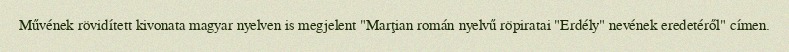
Művének rövidített kivonata magyar nyelven is megjelent "Marţian román nyelvű röpiratai "Erdély" nevének eredetéről" címen.